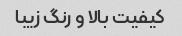
کیفیت بالا و رنگ زیبا